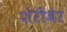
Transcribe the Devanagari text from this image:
शेरीबेर